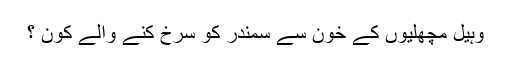
وہیل مچھلیوں کے خون سے سمندر کو سُرخ کنے والے کون ؟